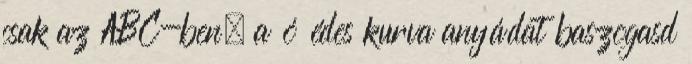
csak az ABC-ben. a ó édes kurva anyádat baszogasd